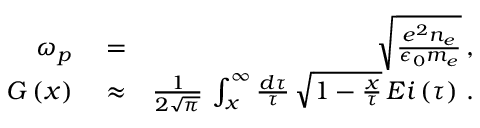
\begin{array} { r l r } { \omega _ { p } } & { { } = } & { \sqrt { \frac { e ^ { 2 } n _ { e } } { \epsilon _ { 0 } m _ { e } } } \, , } \\ { G \left( x \right) } & { { } \approx } & { \frac { 1 } { 2 \sqrt { \pi } } \, \int _ { x } ^ { \infty } \frac { d \tau } { \tau } \, \sqrt { 1 - \frac { x } { \tau } } \, E i \left( \tau \right) \, . } \end{array}